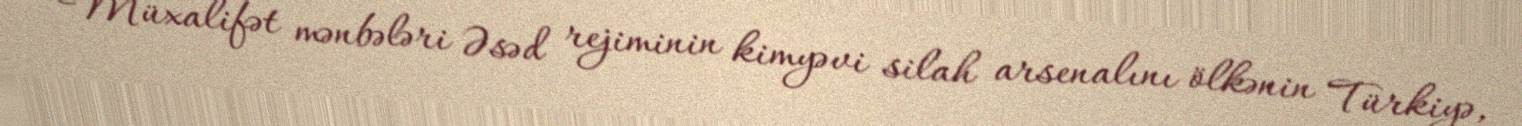
Müxalifət mənbələri Əsəd rejiminin kimyəvi silah arsenalını ölkənin Türkiyə,